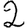
Digit: 2